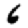
Digit: 6